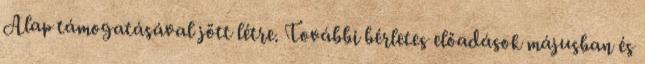
Alap támogatásával jött létre. További bérletes előadások májusban és